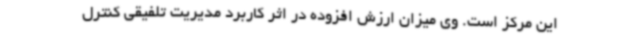
این مرکز است. وی میزان ارزش افزوده در اثر کاربرد مدیریت تلفیقی کنترل